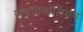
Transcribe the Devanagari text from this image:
पाइगामोलियन